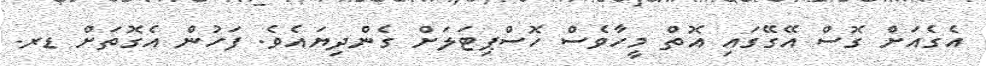
އެގެއަށް ގޮސް އޭގޭގައި އޮތް މީހާވެސް ހޮސްޕިޓަލަށް ގެންދިޔައެވެ. ފަހުން އެގޮތަށް ޑރ.